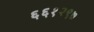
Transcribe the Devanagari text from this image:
६६१२९७